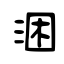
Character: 涃